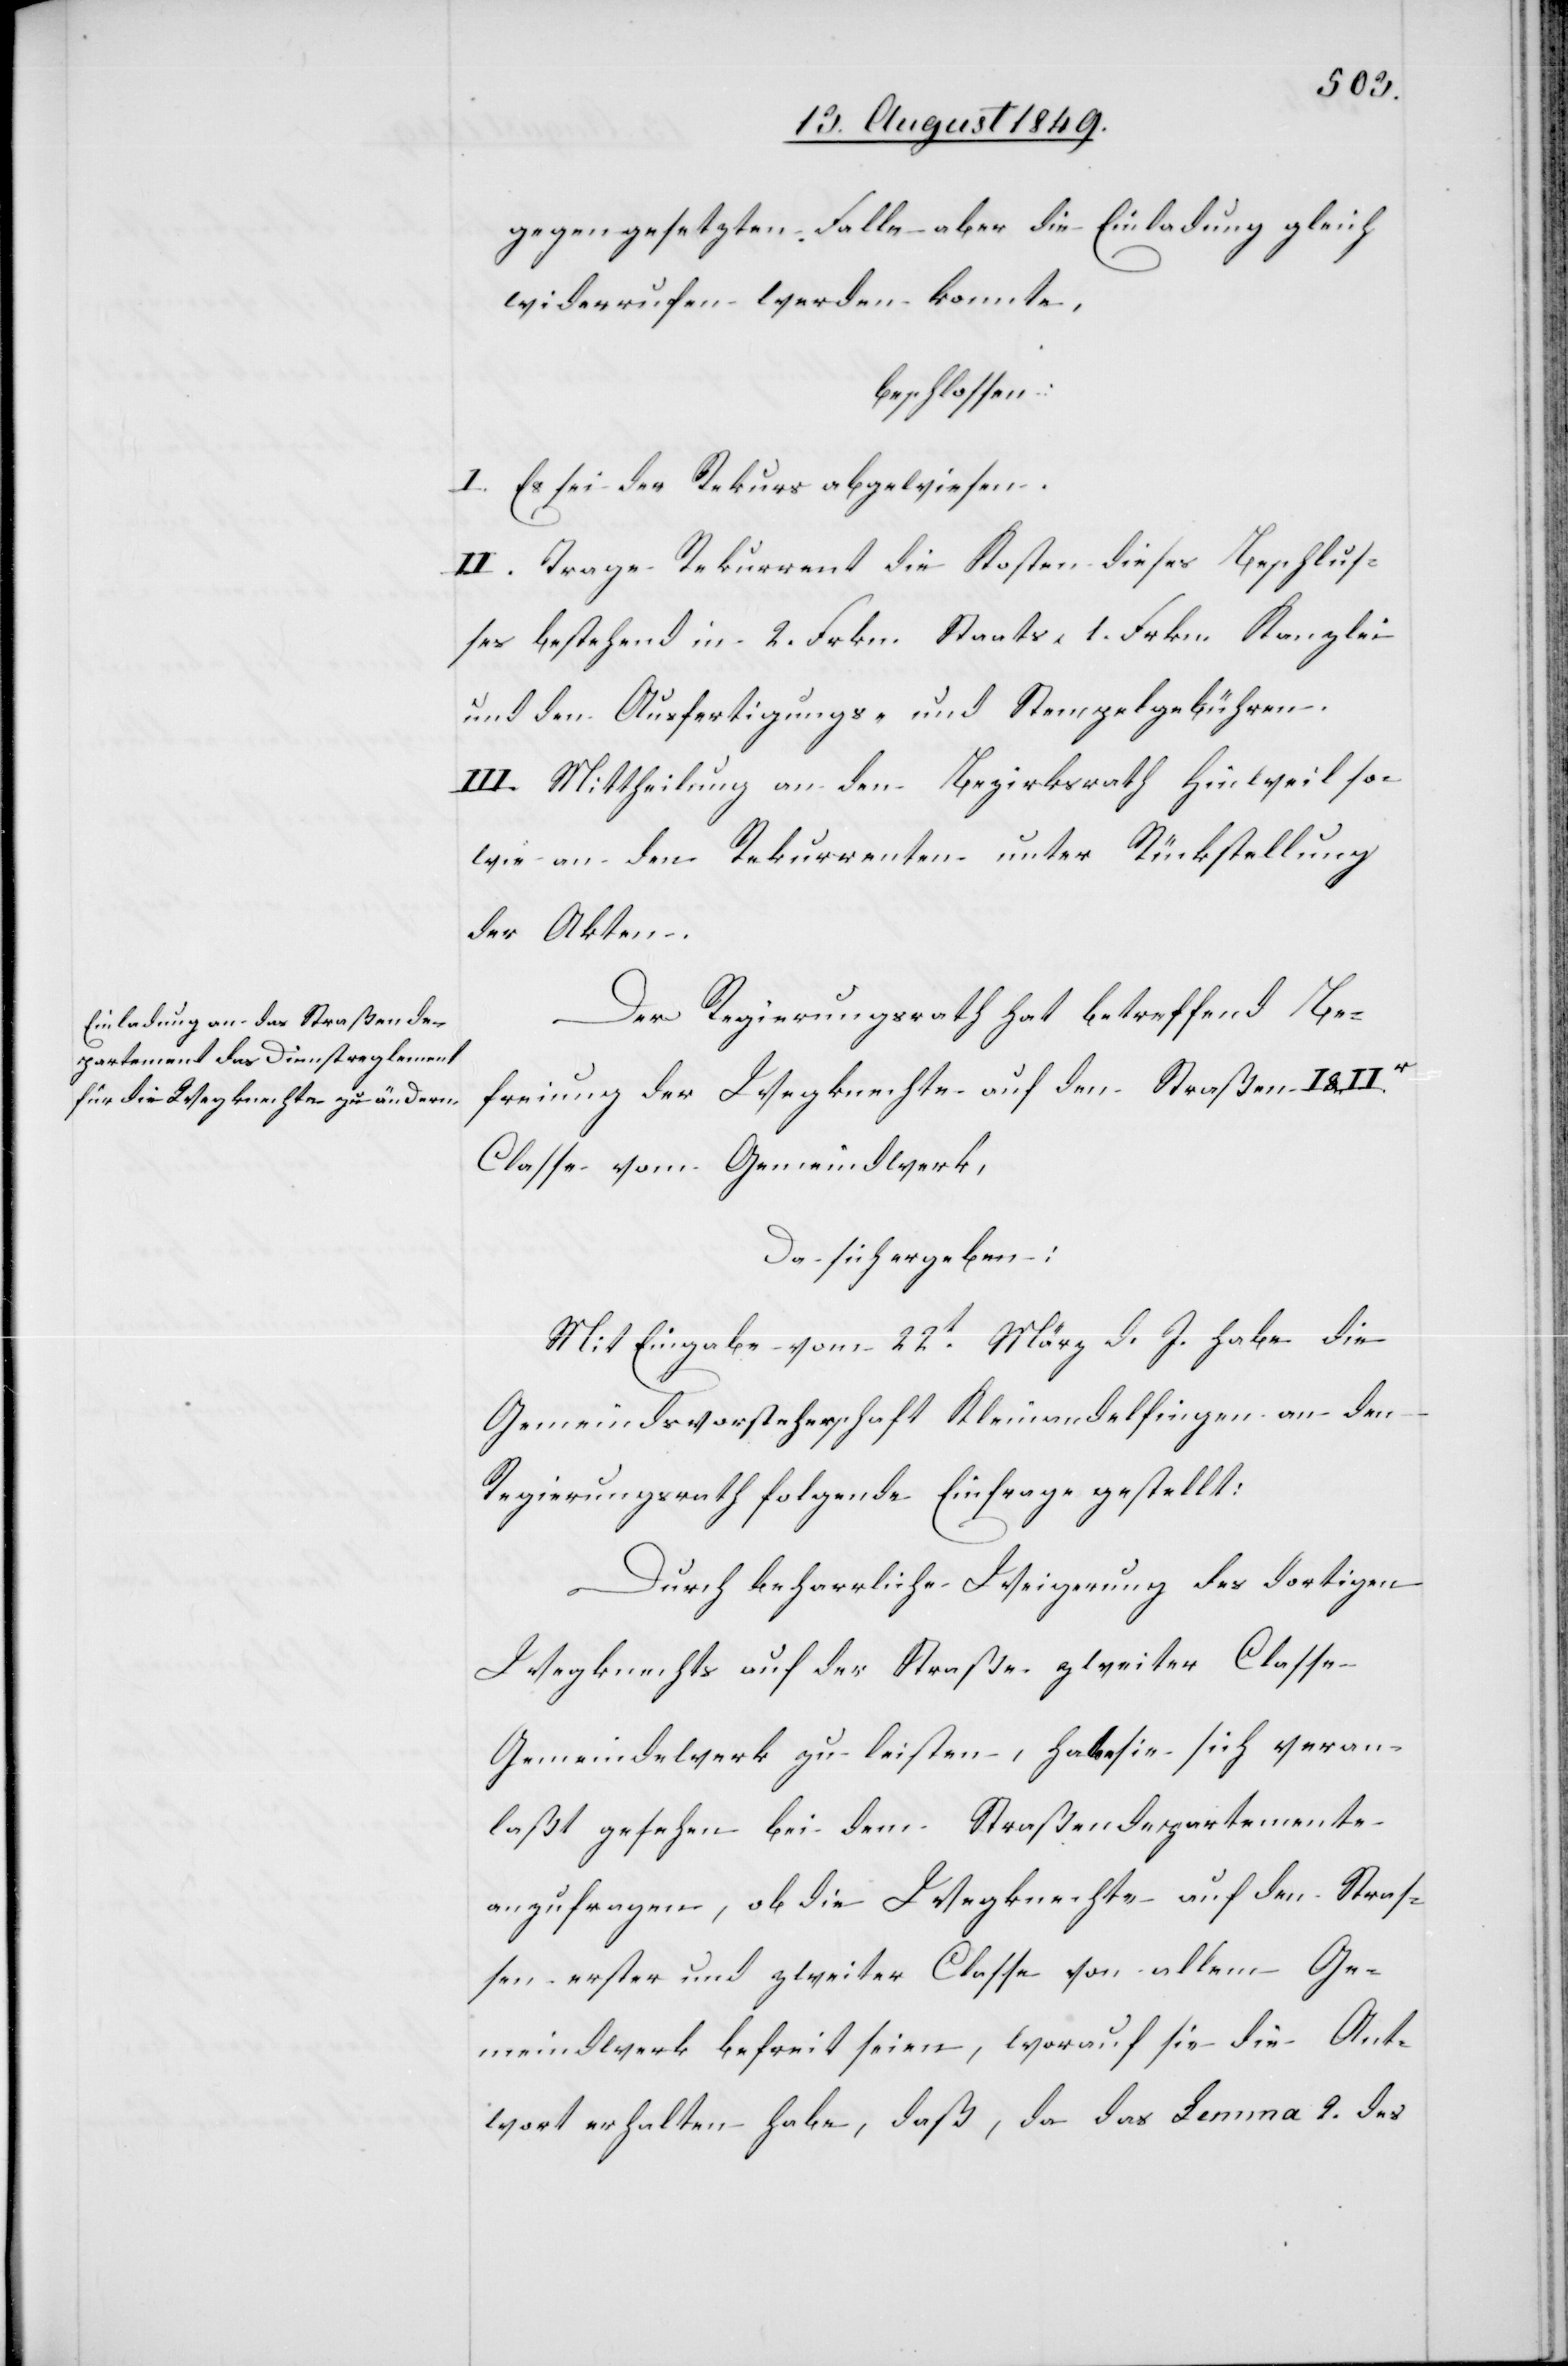
gegengesetzten Falle aber die Einladung gleich
widerrufen werden konnte,
beschlossen:
I. Es sei der Rekurs abgewiesen.
II. Trage Rekurrent die Kosten dieses Beschlus¬
ses bestehend in 2. Frkn. Staats, 1. Frkn. Kanzlei
und den Ausfertigungs- und Stempelgebühren.
III. Mittheilung an den Bezirksrath Hinweil so¬
wie an den Rekurrenten unter Rückstellung
der Akten.
Der Regierungsrath hat betreffend Be¬
freiung der Wegknechte auf den Straßen I &
Classe vom Gemeindwerk,
Da sich ergeben:
Mit Eingabe vom 22t März d. J. habe die
Gemeindsvorsteherschaft Kleinandelfingen an den
Regierungsrath folgende Einfrage gestellt:
Durch beharrliche Weigerung des dortigen
Wegknechts auf der Straße zweiter Classe
Gemeindewerk zu leisten, habe sie sich veran¬
laßt gesehen bei dem Straßendepartemente
anzufragen, ob die Wegknechte auf den Stras¬
sen erster und zweiter Classe von allem Ge¬
meindwerk befreit seien, worauf sie die Ant¬
wort erhalten habe, daß, da das Lemma 2. des